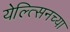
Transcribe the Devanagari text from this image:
येल्त्सिनच्या